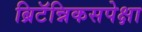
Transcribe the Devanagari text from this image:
ब्रिटॅन्निकसपेक्षा